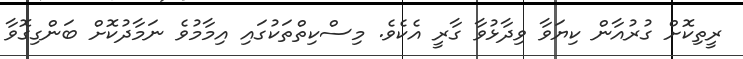
ރީތިކޮށް ގުރުއާން ކިޔަވާ ވިދާޅުވާ ގާރީ އެކެވެ. މިސްކިތްތަކުގައި އިމާމުވެ ނަމާދުކޮށް ބަންގިގޮވާ